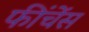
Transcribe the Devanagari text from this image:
फींचेंस